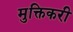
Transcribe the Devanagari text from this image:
मुक्तिकरी